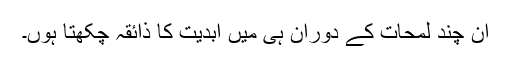
اِن چند لمحات کے دوران ہی میں ابدیت کا ذائقہ چکھتا ہوں۔